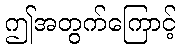
ဤအတွက်ကြောင့်